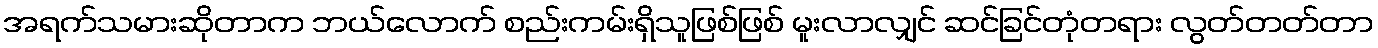
အရက်သမားဆိုတာက ဘယ်လောက် စည်းကမ်းရှိသူဖြစ်ဖြစ် မူးလာလျှင် ဆင်ခြင်တုံတရား လွတ်တတ်တာ